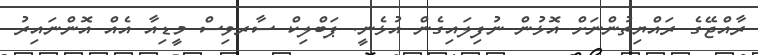
ރާއްޖޭގެ ރައްޔިތުންނަށް އޮޅުން ނުފިލައިގެން އުޅެނީ. ޕަބްލިކް ސާރވިސް މީޑިއާ އެއް އޮންނައިރު